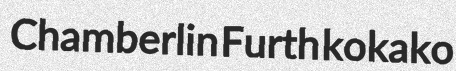
Chamberlin Furth kokako